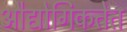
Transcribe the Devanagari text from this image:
औद्योगिकतेत